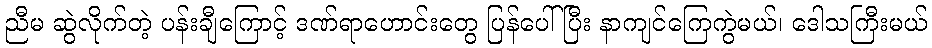
ညီမ ဆွဲလိုက်တဲ့ ပန်းချီကြောင့် ဒဏ်ရာဟောင်းတွေ ပြန်ပေါ်ပြီး နာကျင်ကြေကွဲမယ်၊ ဒေါသကြီးမယ်